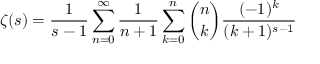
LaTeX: \zeta ( s ) = { \frac { 1 } { s - 1 } } \sum _ { n = 0 } ^ { \infty } { \frac { 1 } { n + 1 } } \sum _ { k = 0 } ^ { n } { \binom { n } { k } } { \frac { ( - 1 ) ^ { k } } { ( k + 1 ) ^ { s - 1 } } }